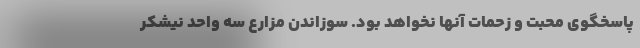
پاسخگوی محبت و زحمات آنها نخواهد بود. سوزاندن مزارع سه واحد نیشکر